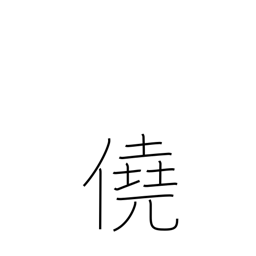
Meaning: luck